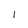
Character: I